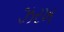
ઝરખ